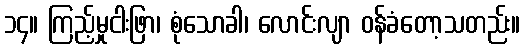
၁၄။ ကြည့်မှုငါးဖြာ၊ စုံသောခါ၊ လောင်းလျာ ဝန်ခံတော့သတည်း။